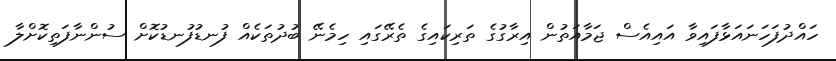
ހައްދުފަހަނައަޅާފައިވާ އައިއެސް ޖަމާއަތުން އިރާގުގެ ތަރިކައިގެ ތެރޭގައި ހިމެނޭ ބުދުތަކެއް ފުނޑުފުނޑުކޮށް ސުންނާފަތިކޮށްލާ